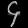
Digit: ၄